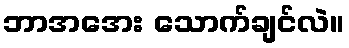
ဘာအအေး သောက်ချင်လဲ။